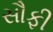
સૌફી